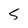
Character: 5